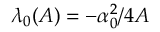
\lambda _ { 0 } ( A ) = - \alpha _ { 0 } ^ { 2 } / 4 A